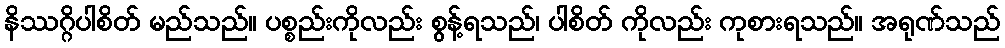
နိဿဂ္ဂိပါစိတ် မည်သည်။ ပစ္စည်းကိုလည်း စွန့်ရသည်၊ ပါစိတ် ကိုလည်း ကုစားရသည်။ အရုဏ်သည်